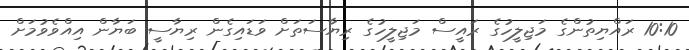
10:10 ރައްޔިތުންގެ މަޖިލީހުގެ ރައީސް މަޖިލީހުގެ ރިޔާސަތަށް ވަޑައިގެން ރިޔާސީ ބަޔާން އިއްވެވުމަށް